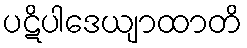
ပဋိပါဒေယျာထာတိ